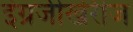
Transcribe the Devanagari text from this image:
इंग्रजीखेरीज